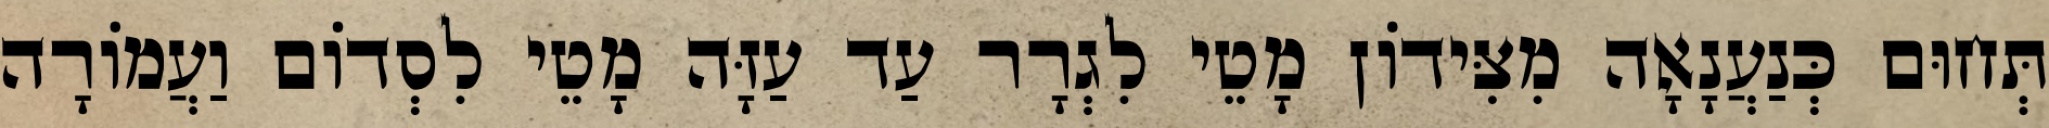
תְּחוּם כְּנַעֲנָאָה מִצִּידוֹן מָטֵי לִגְרָר עַד עַזָּה מָטֵי לִסְדוֹם וַעֲמוֹרָה